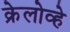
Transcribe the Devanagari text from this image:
क्रेलोव्हे